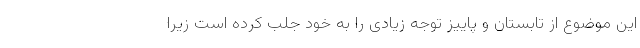
این موضوع از تابستان و پاییز توجه زیادی را به خود جلب کرده است زیرا